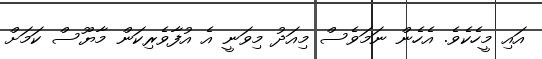
އައި މީހެކެވެ. އެހެން ނަމަވެސް މިއަދު މިވަނީ އެ އުފާވެރިކަން މާޔޫސް ކަމަށް